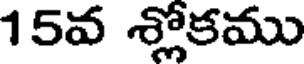
15వ శ్లోకము